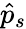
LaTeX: \hat{p}_{s}